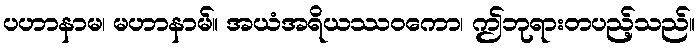
ပဟာနာမ၊ မဟာနာမ်။ အယံအရိယဿဝကော၊ ဤဘုရားတပည့်သည်။